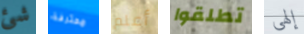
شئ محترفة أعلم تطلقوا إلهي